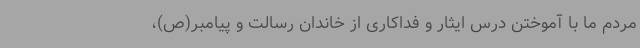
مردم ما با آموختن درس ایثار و فداکاری از خاندان رسالت و پیامبر(ص)،